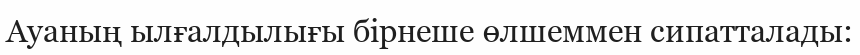
Ауаның ылғалдылығы бірнеше өлшеммен сипатталады: